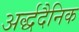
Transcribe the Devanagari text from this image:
अर्द्धदैनिक